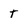
Character: T